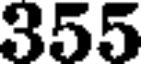
355